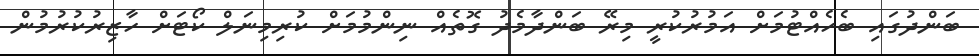
ބަންދުގައި ބެހެއްޓުމަށް އަމުރުކުރީ މިރޭ ބަންދާމެދު ގޮތެއް ނިންމުމަށް ކުރިމިނަލް ކޯޓަށް ހާޒިރުކުރުމުން